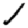
Digit: 1